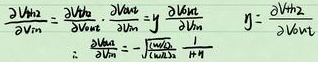
\[
\frac{\partial \mathcal{V}_{h i}}{\partial \mathcal{V}_{f m}}=\sum_{n} \frac{\partial \mathcal{V}_{h i}}{\partial \lambda_{m n}} \frac{\partial \lambda_{m n}}{\partial \mathcal{V}_{f m}}=y \frac{\partial \lambda_{m n}}{\partial \mathcal{V}_{f m}} \quad y=\frac{\partial \mathcal{V}_{h i}}{\partial \lambda_{m n}}
\]